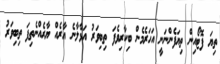
ތިޔަ ފޮޓޯއިން ތިޔަފެންނަނީ އަހަރެމެން ބިކާރިވެފަ ތިބިވަރު އަޅާލާނެ އާރެއް ޔާރެއްނެތިފަ ތިބިވަރު